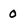
Character: 0